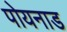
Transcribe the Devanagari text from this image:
पोयनाड